Annual administration report of the Civil Veterinary Department of India - 1897-1898
Year: 1897
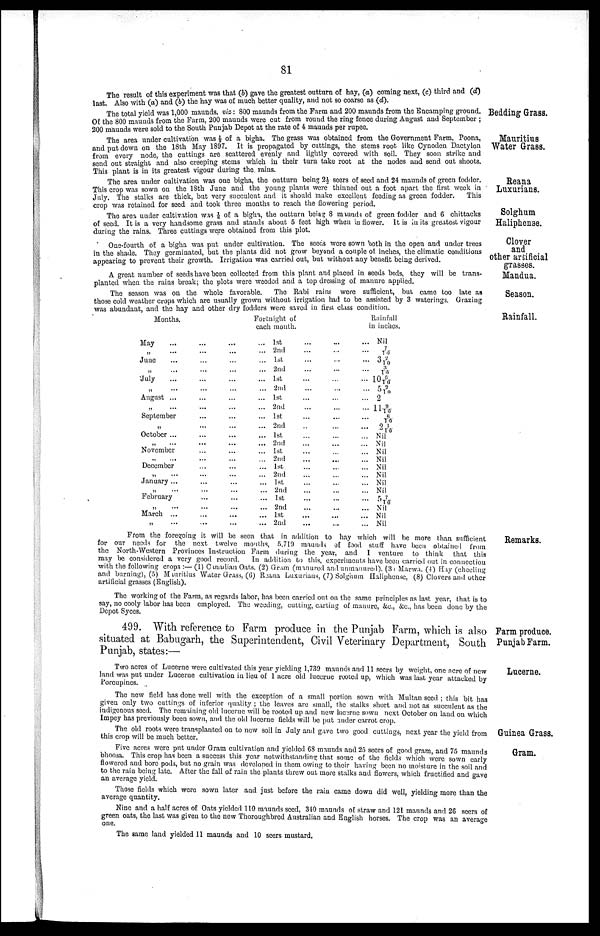
81
The result of this experiment was that (b) gave the greatest outturn of hay, (a) coming next, (c) third and (d)
last. Also with (a) and (b) the hay was of much better quality, and not so coarse as (d).
Bedding Grass.
The total yield was 1,000 maunds, viz: 800 maunds from the Farm and 200 maunds from the Encamping ground.
Of the 800 maunds from the Farm, 200 maunds were cut from round the ring fence during August and September;
200 maunds were sold to the South Punjab Depot at the rate of 4 maunds per rupee.
Mauritius
Water Grass.
The area under cultivation was ⅛ of a bigha. The grass was obtained from the Government Farm, Poona,
and put down on the 18th May 1897. It is propagated by cuttings, the stems root like Cynoden Dactylon
from every node, the cuttings are scattered evenly and lightly covered with soil. They soon strike and
send out straight and also creeping stems which in their turn take root at the nodes and send out shoots.
This plant is in its greatest vigour during the. rains.
Reana
Luxurians.
The area under cultivation was one bigha, the outturn being 2½ seers of seed and 24 maunds of green fodder.
This crop was sown on the 18th June and the young plants were thinned out a foot apart the first week in
July. The stalks are thick, but very succulent and it should make excellent feeding as green fodder. This
crop was retained for seed and took three months to reach the flowering period.
Solghum
Haliphense.
The area under cultivation was ⅛ of a bigha, the outturn being 8 maunds of green fodder and 6 chittacks
of seed. It is a very handsome grass and stands about 5 feet high when in flower. It is in its greatest vigour
during the rains. Three cuttings were obtained from this plot.
Clover
and
other artificial
grasses.
One-fourth of a bigha was put under cultivation. The seeds were sown both in the open and under trees
in the shade. They germinated, but the plants did not grow beyond a couple of inches, the climatic conditions
appearing to prevent their growth. Irrigation was carried out, but without any benefit being derived.
Mandua.
A great number of seeds have been collected from this plant and placed in seeds beds, they will be trans
planted when the rains break; the plots were weeded and a top dressing of manure applied.
Season.
The season was on the whole favorable. The Rabi rains were sufficient, but came too late as
those cold weather crops which are usually grown without irrigation had to be assisted by 3 waterings. Grazing
was abundant, and the hay and other dry fodders were saved in first class condition.
Rainfall.
Months.
May ... ... ...
„ ... ... ...
June ... ... ...
„ ... ... ...
July ... ... ...
„ ... ... ...
August ... ... ...
„ ... ... ...
September ... ... ...
„ ... ... ...
October ... ... ...
„ ... ... ...
November ... ... ...
„ ... ... ...
December ... ... ...
... ... ... ...
January ... ... ...
„ ... ... ...
February ... ... ...
„ ... ... ...
March ... ... ...
„ ... ... ...
Fortnight of
each mouth.
...
...
...
...
...
...
...
...
...
...
...
...
...
...
...
...
...
...
...
...
...
...
1st
2nd
1st
2nd
1st
2nd
1st
2nd
1st
2nd
1st
2nd
1st
2nd
1st
2nd
1st
2nd
1st
2nd
1st
2nd
...
...
...
...
...
...
...
...
...
...
...
...
...
...
...
...
...
...
...
...
...
...
...
...
...
...
...
...
...
...
...
...
...
...
...
...
...
...
...
...
...
...
...
...
...
...
...
...
...
...
...
...
...
...
...
...
...
...
...
...
...
...
...
...
...
...
Rainfall
in inches.
Nil
7/10
32/10
3/10
106/10
52/10
2
119/10
6/10
21/10
Nil
Nil
Nil
Nil
Nil
Nil
Nil
Nil
5 7/10
Nil
Nil
Nil
Remarks.
From the foregoing it will be seen that in addition to hay which will be more than sufficient
for our needs for the next twelve mouths, 5,719 maunds of food stuff have been obtained from
the North-Western Provinces Instruction Farm during the year, and I venture to think that this
may be considered a very good record. In addition to this, experiments have been carried out in connection
with the following crops:— (1) Canadian Oats, (2) Gram (manured and unmanured), (3) Marwa. (4) Hay (cheeling
and burning), (5) Mauritius Water Grass, (6) Reana Luxurians, (7) Solghum Haliphense, (8) Clovers and other
artificial grasses (English).
The working of the Farm, as regards labor, has been carried out on the same principles as last year, that is to
say, no cooly labor has been employed. The weeding, cutting, carting of manure, &c., &c., has been done by the
Depot Syces.
Farm produce.
Punjab Farm.
499. With reference to Farm produce in the Punjab Farm, which is also
situated at Babugarh, the Superintendent, Civil Veterinary Department, South
Punjab, states:—
Lucerne.
Two acres of Lucerne were cultivated this year yielding 1,739 maunds and 11 seers by weight, one acre of new
land was put under Lucerne cultivation in lieu of 1 acre old lucerne rooted up, which was last year attacked by
Porcupines.
The new field has done well with the exception of a small portion sown with Multan seed; this bit has
given only two cuttings of inferior quality; the leaves are small, the stalks short and not as succulent as the
indigenous seed. The remaining old lucerne will be rooted up and new lucerne sown next October on land on which
Impey has previously been sown, and the old lucerne fields will be put under carrot crop.
Guinea Grass.
The old roots were transplanted on to new soil in July and gave two good cuttings, next year the yield from
this crop will be much better.
Gram.
Five acres were put under Gram cultivation and yielded 68 maunds and 25 seers of good gram, and 75 maunds
bhoosa. This crop has been a success this year notwithstanding that some of the fields which were sown early
flowered and bore pods, but no grain was developed in them owing to their having been no moisture in the soil and
to the rain being late. After the fall of rain the plants threw out more stalks and flowers, which fructified and gave
an average yield.
Those fields which were sown later and just before the rain came down did well, yielding more than the
average quantity.
Nine and a half acres of Oats yielded 110 maunds seed, 340 maunds of straw and 121 maunds and 26 seers of
green oats, the last was given to the new Thoroughbred Australian and English horses. The crop was an average
one.
The same land yielded 11 maunds and 10 seers mustard,